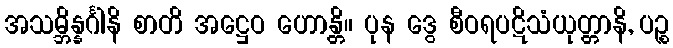
အသမ္ဘိန္နင်္ဂါနိ စာတိ အဋ္ဌေဝ ဟောန္တိ။ ပုန ဒွေ စီဝရပဋိသံယုတ္တာနိ, ပဉ္စ